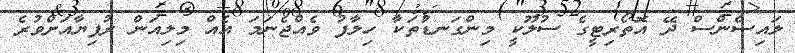
ލައިސެންސް ދޭ އޮތޯރިޓީގެ ސުލޫކީ މިންގަނޑުތަކާ ހިލާފު ވެއްޖެނަމަ އެއް މިލިއަން ރުފިޔާއަށްވުރެ